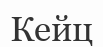
Кейц